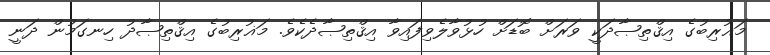
މަޣުރިބުގެ އިޤްތިޞާދަކީ ވަރަށް ބޮޑަށް ހުޅުވާލެވިފައިވާ އިޤްތިޞާދެކެވެ. މަޣުރިބުގެ އިޤްތިޞާދު ހިނގަމުން ދަނީ